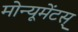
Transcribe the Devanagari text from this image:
मोन्यूमेंटस्